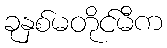
ခုနှစ်မတိုင်မီက